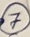
Text: 7